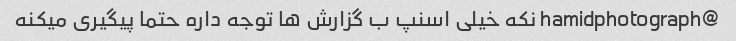
@hamidphotograph نکه خیلی اسنپ ب گزارش ها توجه داره حتما پیگیری میکنه